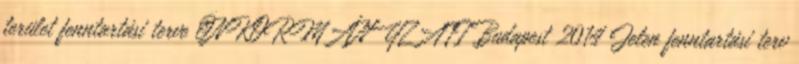
terület fenntartási terve ÖNKORMÁNYZATI Budapest 2014 Jelen fenntartási terv